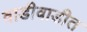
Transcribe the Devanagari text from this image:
वाडीवाडीत